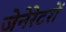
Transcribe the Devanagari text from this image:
जेनेरेटरों